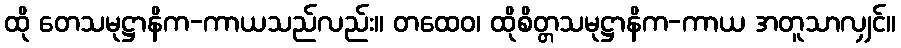
ထို တေသမုဋ္ဌာနိက-ကာယသည်လည်း။ တထေဝ၊ ထိုစိတ္တသမုဋ္ဌာနိက-ကာယ အတူသာလျှင်။